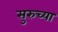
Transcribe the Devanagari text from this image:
सुरुच्या